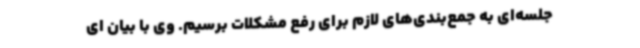
جلسه‌ای به جمع‌بندی‌های لازم برای رفع مشکلات برسیم. وی با بیان ای